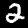
Label: 2